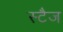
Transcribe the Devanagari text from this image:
स्टैज